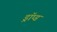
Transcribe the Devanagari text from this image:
ड्रॉप्ड